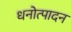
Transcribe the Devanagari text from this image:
धनोत्पादन